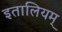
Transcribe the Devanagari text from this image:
इतालियम्